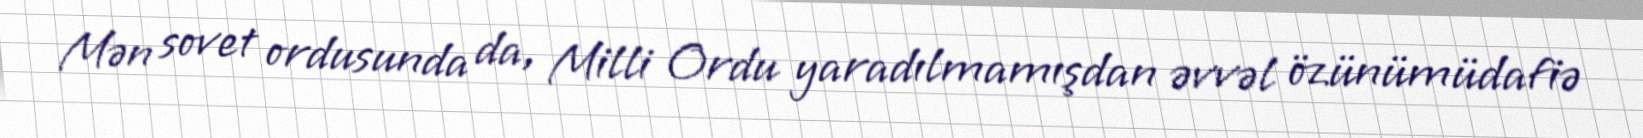
Mən sovet ordusunda da, Milli Ordu yaradılmamışdan əvvəl özünümüdafiə